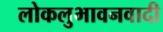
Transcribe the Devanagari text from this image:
लोकलुभावनवादी